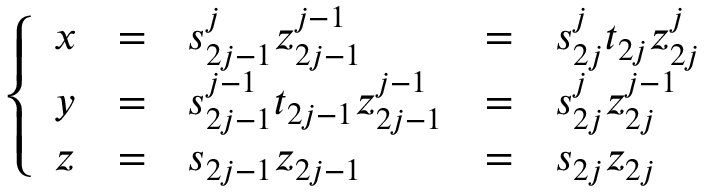
\left\{ \begin{array} { l c l c l } { { x } } & { { = } } & { { s _ { 2 j - 1 } ^ { j } z _ { 2 j - 1 } ^ { j - 1 } } } & { { = } } & { { s _ { 2 j } ^ { j } t _ { 2 j } z _ { 2 j } ^ { j } } } \\ { { y } } & { { = } } & { { s _ { 2 j - 1 } ^ { j - 1 } t _ { 2 j - 1 } z _ { 2 j - 1 } ^ { j - 1 } } } & { { = } } & { { s _ { 2 j } ^ { j } z _ { 2 j } ^ { j - 1 } } } \\ { { z } } & { { = } } & { { s _ { 2 j - 1 } z _ { 2 j - 1 } } } & { { = } } & { { s _ { 2 j } z _ { 2 j } } } \end{array} \right.